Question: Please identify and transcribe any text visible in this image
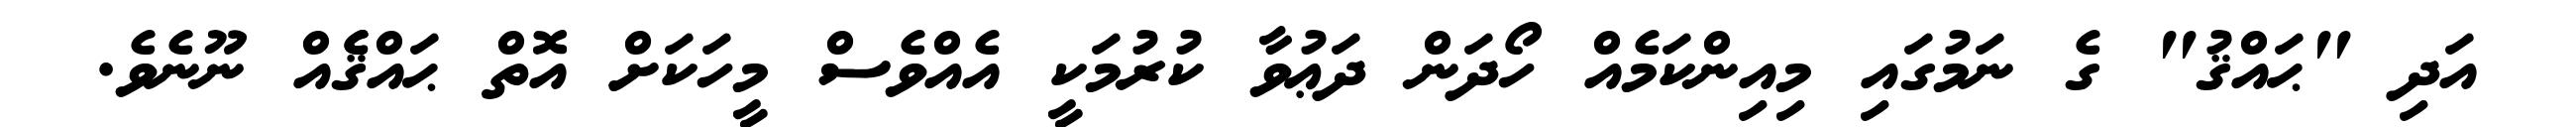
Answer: އަދި "ޙައްޤު" ގެ ނަމުގައި މިއިންކަމެއް ހޯދަން ދަޢުވާ ކުރުމަކީ އެއްވެސް މީހަކަށް އޮތް ޙައްޤެެއް ނޫނެވެ.